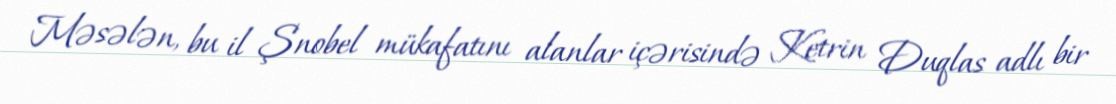
Məsələn, bu il Şnobel mükafatını alanlar içərisində Ketrin Duqlas adlı bir